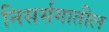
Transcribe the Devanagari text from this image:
निसर्सगातील